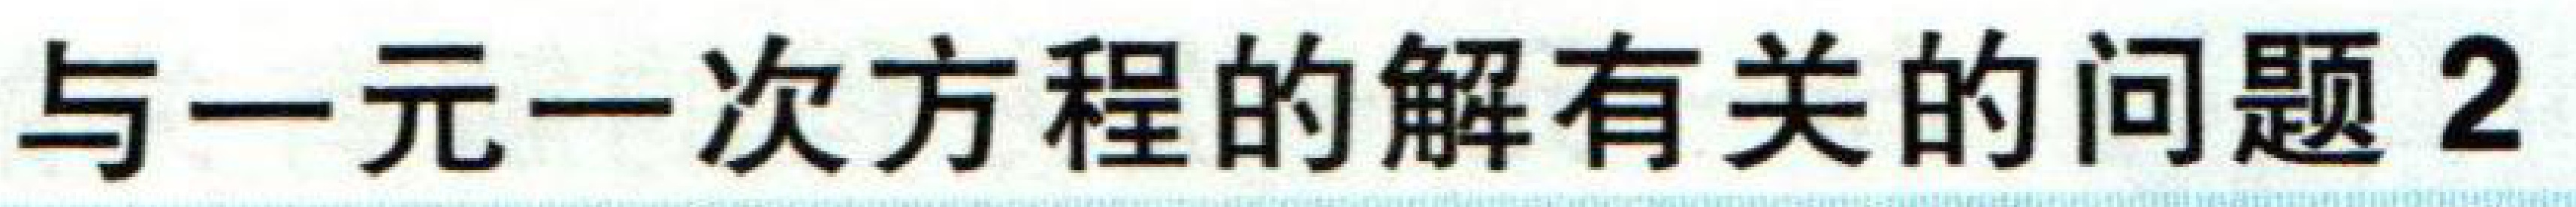
与一元一次方程的解有关的问题2